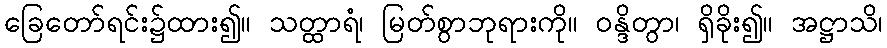
ခြေတော်ရင်း၌ထား၍။ သတ္ထာရံ၊ မြတ်စွာဘုရားကို။ ဝန္ဒိတွာ၊ ရှိခိုး၍။ အဋ္ဌာသိ၊